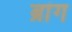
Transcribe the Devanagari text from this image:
ब्रांग